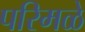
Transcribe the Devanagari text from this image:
परिमळे